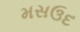
મસઉદ